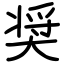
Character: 奨